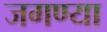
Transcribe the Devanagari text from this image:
जगण्या